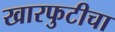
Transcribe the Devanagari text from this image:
खारफुटीचा